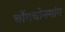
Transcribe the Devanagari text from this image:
चोंगचोनगांग